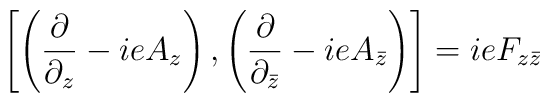
\left[\left(\frac{\partial}{\partial_z} -ieA_z\right), \left(\frac{\partial}{\partial_{\bar z}} - ieA_{\bar z}\right)\right] = ieF_{z\bar z}